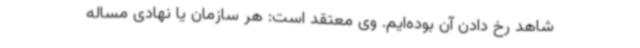
شاهد رخ دادن آن بوده‌ایم. وی معتقد است: هر سازمان یا نهادی مساله